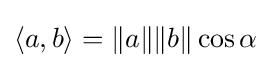
\langle a,b\rangle =\|a\|\|b\|\cos \alpha